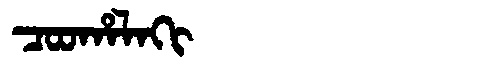
Manchu: ᠴᠣᠣᡥᠠᠯᠠᡴᡳ
Romanization: COOHALAKI